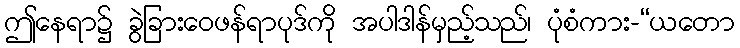
ဤနေရာ၌ ခွဲခြားဝေဖန်ရာပုဒ်ကို အပါဒါန်မှည့်သည်၊ ပုံစံကား-“ယတော